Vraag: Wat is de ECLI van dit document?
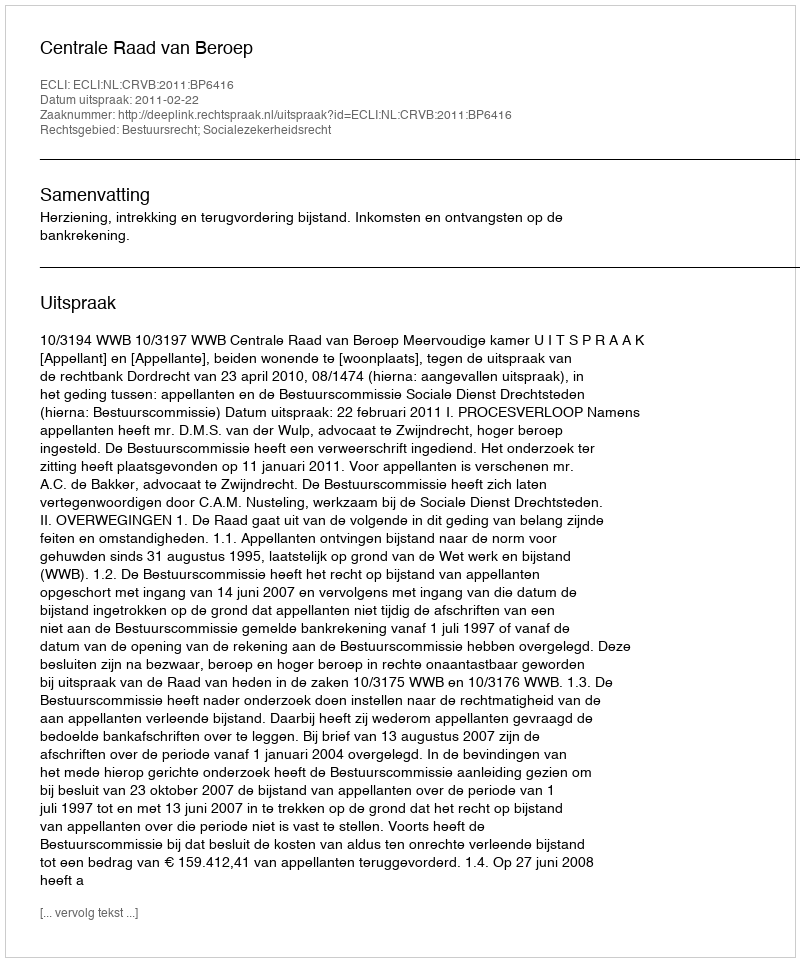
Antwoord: ECLI:NL:CRVB:2011:BP6416